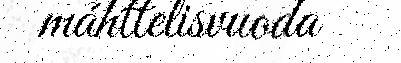
máhttelisvuoda